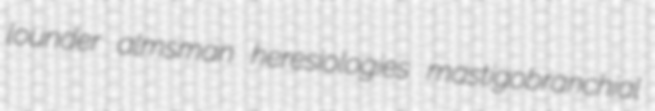
lounder almsman heresiologies mastigobranchial